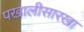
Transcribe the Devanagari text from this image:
पखालीसारखा